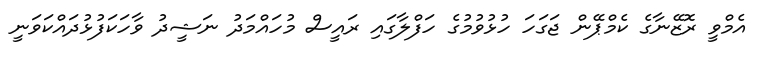
އެމްވީ ރޮޒޭނާގެ ކެމްޕޭން ޖަގަހަ ހުޅުވުމުގެ ހަފްލާގައި ރައީސް މުހައްމަދު ނަޝީދު ވާހަކަފުޅުދައްކަވަނީ